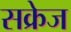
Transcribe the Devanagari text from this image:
सक्रेज